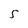
Character: S